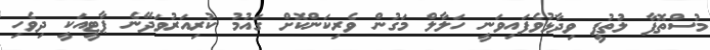
މުސްތޮފާ ލުތުފީ ވިދާޅުވެފައިވަނީ ހަލާލް މަގުން ވެރިކަންކޮށް ގައުމު ކުރިއަރުވަދޭނެ ޕާޓީއަކީ ދިވެހި